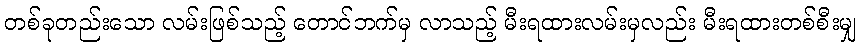
တစ်ခုတည်းသော လမ်းဖြစ်သည့် တောင်ဘက်မှ လာသည့် မီးရထားလမ်းမှလည်း မီးရထားတစ်စီးမျှ